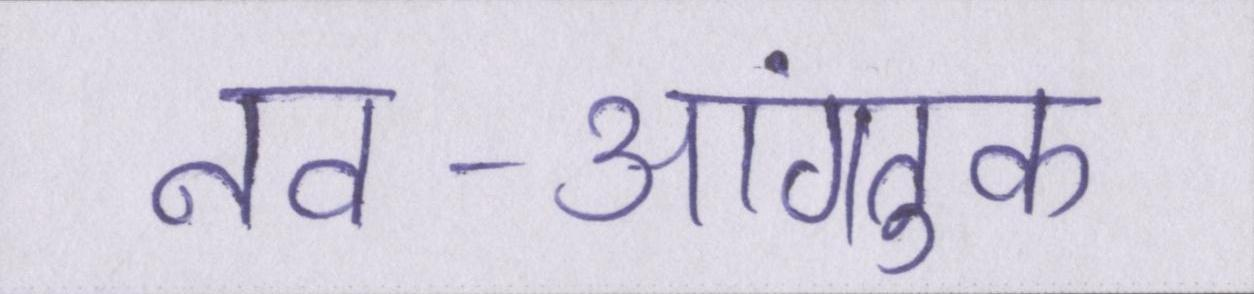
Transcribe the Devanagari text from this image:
नव-आगंतुक